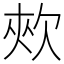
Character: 㰰